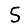
Digit: 5